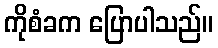
ကိုစံခက ပြောပါသည်။